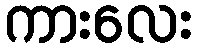
ကားလေး